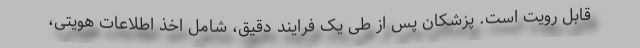
قابل رویت است. پزشکان پس از طی یک فرایند دقیق، شامل اخذ اطلاعات هویتی،